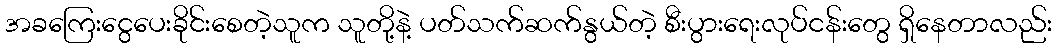
အခကြေးငွေပေးခိုင်းစေတဲ့သူက သူတို့နဲ့ ပတ်သက်ဆက်နွယ်တဲ့ စီးပွားရေးလုပ်ငန်းတွေ ရှိနေတာလည်း